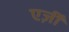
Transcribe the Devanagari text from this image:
एर्ज़ीं